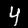
Label: 4